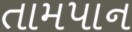
તામપાન